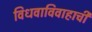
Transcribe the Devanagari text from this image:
विधवाविवाहाची